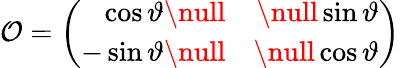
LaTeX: \mathcal{O}=\left(\begin{array}{rr}{{\displaystyle\cos\vartheta\null}}&{{\null\displaystyle\sin\vartheta}}\\ {{\displaystyle-\sin\vartheta\null}}&{{\null\displaystyle\cos\vartheta}}\end{array}\right)